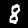
Digit: 8